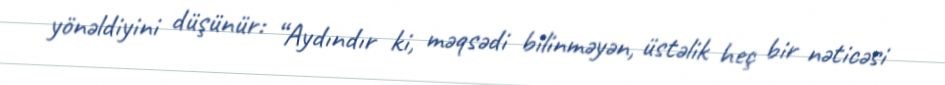
yönəldiyini düşünür: “Aydındır ki, məqsədi bilinməyən, üstəlik heç bir nəticəsi